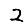
Digit: 2